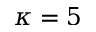
\kappa = 5